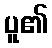
ပူ၏